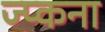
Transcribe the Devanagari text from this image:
ज्प्कना